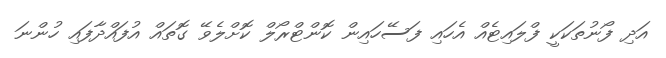
އަދި ފޯނުތަކަކީ ފްލައިޓެއް އެހައި ފަސޭހައިން ކޮންޓްރޯލް ކޮށްލެވޭ ގޮތައް އުފައްދާފައި ހުންނަ